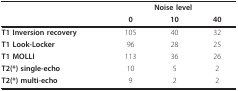
<table><thead><tr><td></td><td colspan="3"><b>Noise level</b></td></tr><tr><td></td><td><b>0</b></td><td><b>10</b></td><td><b>40</b></td></tr></thead><tbody><tr><td><b>T1 Inversion recovery</b></td><td>105</td><td>40</td><td>32</td></tr><tr><td><b>T1 Look-Locker</b></td><td>96</td><td>28</td><td>25</td></tr><tr><td><b>T1 MOLLI</b></td><td>113</td><td>36</td><td>26</td></tr><tr><td><b>T2(*) single-echo</b></td><td>10</td><td>5</td><td>2</td></tr><tr><td><b>T2(*) multi-echo</b></td><td>9</td><td>2</td><td>2</td></tr></tbody></table>